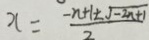
x = \frac { - n + 1 \pm \sqrt { - 2 n + 1 } } { 2 }